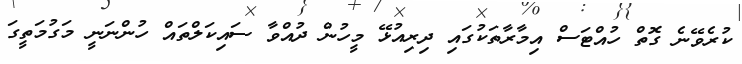
ކުރެވޭނެ ގޮތް ހުއްޓަސް އިމާރާތަކުގައި ދިރިއުޅޭ މީހުން ދުއްވާ ސައިކަލްތައް ހުންނަނީ މަގުމަތީގަ